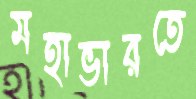
মহাভারতে